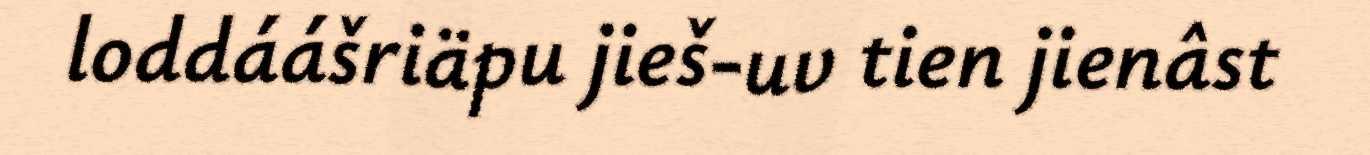
loddáášriäpu jieš-uv tien jienâst